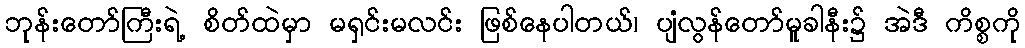
ဘုန်းတော်ကြီးရဲ့ စိတ်ထဲမှာ မရှင်းမလင်း ဖြစ်နေပါတယ်၊ ပျံလွန်တော်မူခါနီး၌ အဲဒီ ကိစ္စကို